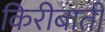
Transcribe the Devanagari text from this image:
किरीबाती